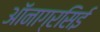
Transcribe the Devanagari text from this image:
ऑनाग्रसिई